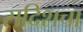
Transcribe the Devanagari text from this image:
सदिशचा